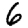
Digit: 6